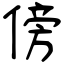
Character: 傍